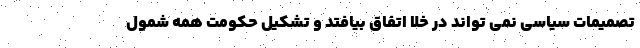
تصمیمات سیاسی نمی تواند در خلا اتفاق بیافتد و تشکیل حکومت همه شمول